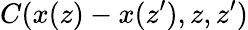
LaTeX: C(x(z)-x(z^{\prime}),z,z^{\prime})